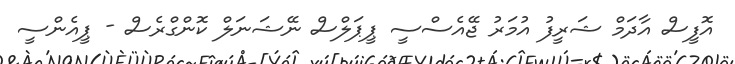
އޮފީސް އާދަމް ޝަރީފު އުމަރު ޖޭއެސްސީ ޕީޕަލްސް ނޭޝަނަލް ކޮންގްރެސް - ޕީއެންސީ